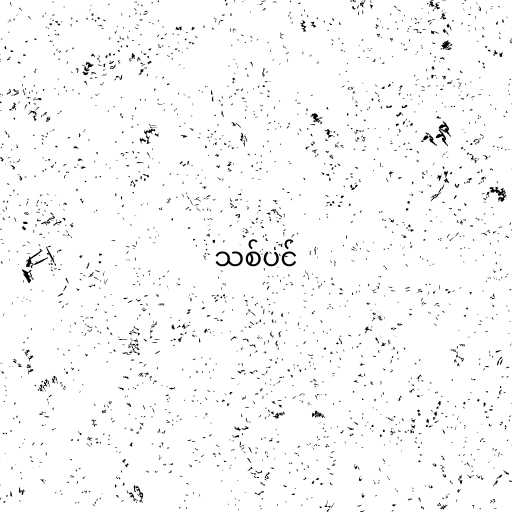
သစ်ပင်